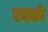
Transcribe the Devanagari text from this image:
एक्को